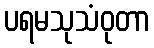
ပရမသုသံဝုတာ